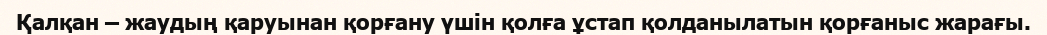
Қалқан – жаудың қаруынан қорғану үшiн қолға ұстап қолданылатын қорғаныс жарағы.